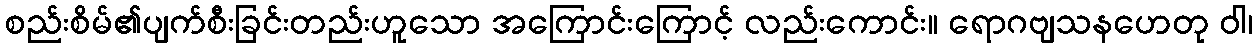
စည်းစိမ်၏ပျက်စီးခြင်းတည်းဟူသော အကြောင်းကြောင့် လည်းကောင်း။ ရောဂဗျသနဟေတု ဝါ၊